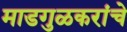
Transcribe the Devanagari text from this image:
माडगुळकरांचे